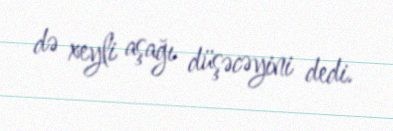
də xeyli aşağı düşəcəyini dedi.